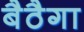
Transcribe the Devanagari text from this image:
बैठैगा